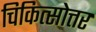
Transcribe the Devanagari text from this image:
चिकित्सोत्तर